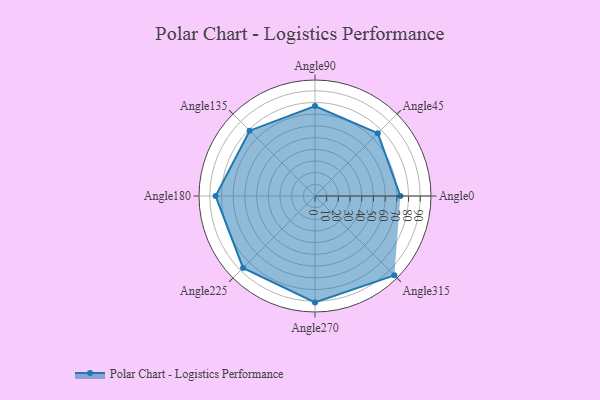
{"axis": {"x": "Angle", "y": "Radius"}, "legend": [""], "data": [{"x": "Angle0", "y": 73.0, "type": ""}, {"x": "Angle45", "y": 76.0, "type": ""}, {"x": "Angle90", "y": 77.0, "type": ""}, {"x": "Angle135", "y": 79.0, "type": ""}, {"x": "Angle180", "y": 85.0, "type": ""}, {"x": "Angle225", "y": 87.0, "type": ""}, {"x": "Angle270", "y": 91.0, "type": ""}, {"x": "Angle315", "y": 96.0, "type": ""}]}